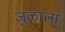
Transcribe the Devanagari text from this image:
जुळाला